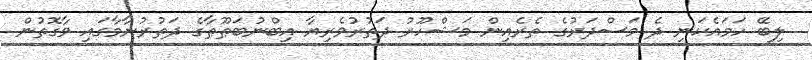
ލިބޭ ހަމައެކަނި ދެ މަސްދަރުގެ ތެރެއިން މަޝްހޫރު ދަތުރުވެރިޔާ އިބްނުބަޠޫޠާގެ ދަތުރުނާމާގައި ވާގޮތުން